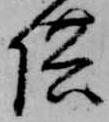
供